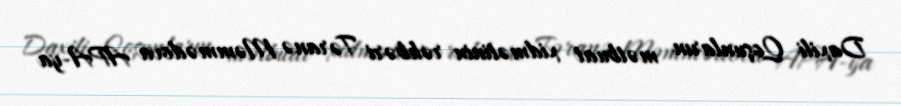
Daxili Qoşunların mətbuat xidmətinin rəhbəri Təranə Məmmədova APA-ya